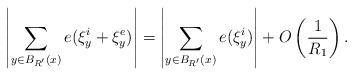
LaTeX: \begin{align*}\left| \sum_{y \in B_{R'}(x)} e(\xi^i_y + \xi^e_y) \right| = \left| \sum_{y \in B_{R'}(x)} e(\xi^i_y) \right| + O\left( \frac{1}{R_1} \right).\end{align*}